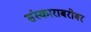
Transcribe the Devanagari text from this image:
संस्काराबरोबर